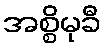
အစ္စိမုခီ